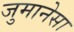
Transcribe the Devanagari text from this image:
जुमानेसा